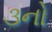
૩નો